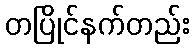
တပြိုင်နက်တည်း